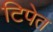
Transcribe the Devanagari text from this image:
टिपेत